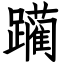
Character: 躏